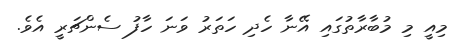
މިއީ މި މުބާރާތުގައި އޭނާ ހެދި ހަތަރު ވަނަ ހާފު ސެންޗަރީ އެވެ.